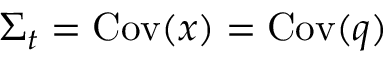
\Sigma _ { t } = \operatorname * { C o v } ( x ) = \operatorname * { C o v } ( q )